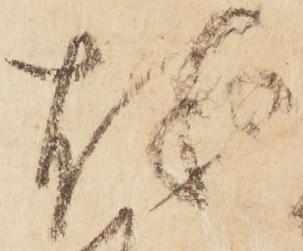
越